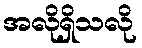
အလိုရှိသလို